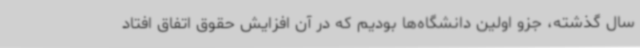
سال گذشته، جزو اولین دانشگاه‌ها بودیم که در آن افزایش حقوق اتفاق افتاد